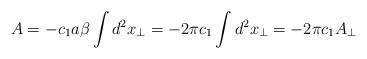
LaTeX: \begin{align*}A= -c_1 a \beta \int d^2 x_\perp = - 2\pi c_1 \int d^2 x_\perp= -2\pi c_1 A_\perp \end{align*}